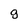
Character: g